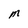
Character: M